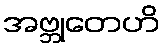
အဗ္ဘုတေဟိ